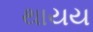
થાયય